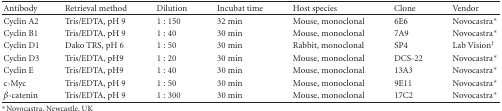
| Antibody | Retrieval method | Dilution | Incubat time | Host species | Clone | Vendor |
 | --- | --- | --- | --- | --- | --- | --- |
 | Cyclin A2 | Tris/EDTA, pH 9 | 1 : 150 | 32 min | Mouse, monoclonal | 6E6 | Novocastra* |
 | Cyclin B1 | Tris/EDTA, pH 9 | 1 : 40 | 30 min | Mouse, monoclonal | 7A9 | Novocastra* |
 | Cyclin D1 | Dako TRS, pH 6 | 1 : 50 | 30 min | Rabbit, monoclonal | SP4 | Lab Vision† |
 | Cyclin D3 | Tris/EDTA, pH9 | 1 : 20 | 30 min | Mouse, monoclonal | DCS-22 | Novocastra* |
 | Cyclin E | Tris/EDTA, pH9 | 1 : 40 | 30 min | Mouse, monoclonal | 13A3 | Novocastra* |
 | c-Myc | Tris/EDTA, pH 9 | 1 : 50 | 30 min | Mouse, monoclonal | 9E11 | Novocastra* |
 | β-catenin | Tris/EDTA, pH 9 | 1 : 300 | 30 min | Mouse, monoclonal | 17C2 | Novocastra* |